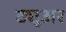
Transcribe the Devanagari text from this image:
ड्यूअर